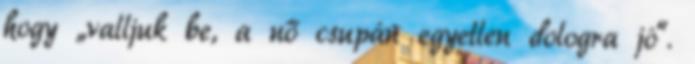
hogy „valljuk be, a nő csupán egyetlen dologra jó“.